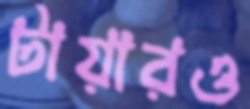
টায়ারও